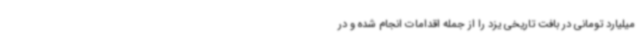
میلیارد تومانی در بافت تاریخی یزد را از جمله اقدامات انجام شده و در